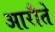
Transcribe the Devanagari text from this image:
आरौते